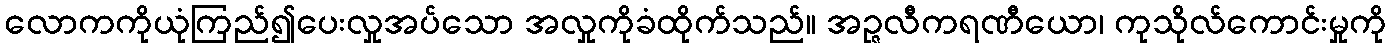
လောကကိုယုံကြည်၍ပေးလှုအပ်သော အလှုကိုခံထိုက်သည်။ အဉ္ဇလီကရဏီယော၊ ကုသိုလ်ကောင်းမှုကို